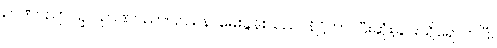
ဉာဏပညာပဉှာ၊ ဉာဏပညာပြဿနာမေးခွန်းသည်။ နိဋ္ဌိတာ၊ ပြီးဆုံးခြင်းသို့ရောက်ပြီ။